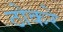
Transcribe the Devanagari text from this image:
ठोकरे